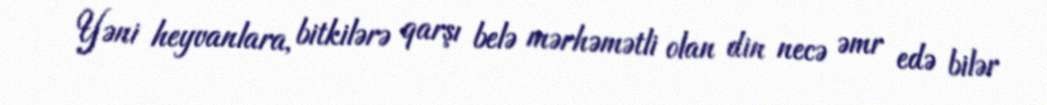
Yəni heyvanlara, bitkilərə qarşı belə mərhəmətli olan din necə əmr edə bilər